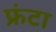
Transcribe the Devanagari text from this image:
फ्रंटा